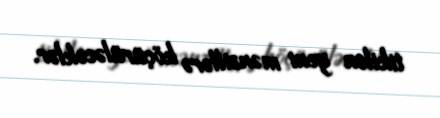
tikilən yeni mənzillərə köçürüləcəklər.